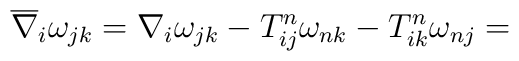
\overline{\nabla }_i \omega_{jk}=\nabla _i \omega_{jk}-T_{ij}^n\omega_{nk}-T_{ik}^n \omega_{nj}=